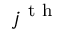
j ^ { \mathrm { ~ t ~ h ~ } }